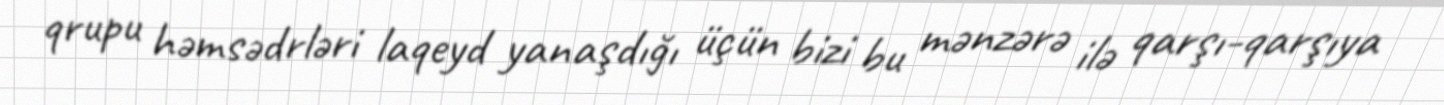
qrupu həmsədrləri laqeyd yanaşdığı üçün bizi bu mənzərə ilə qarşı-qarşıya